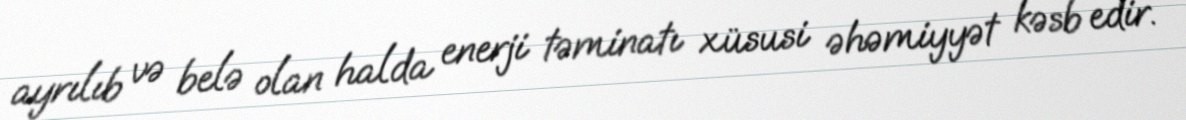
ayrılıb və belə olan halda enerji təminatı xüsusi əhəmiyyət kəsb edir.